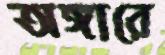
অঙ্গারে